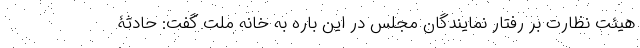
هیئت نظارت بر رفتار نمایندگان مجلس در این باره به خانه ملت گفت: حادثۀ